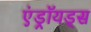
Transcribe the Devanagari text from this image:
एंड्रॉयड्स